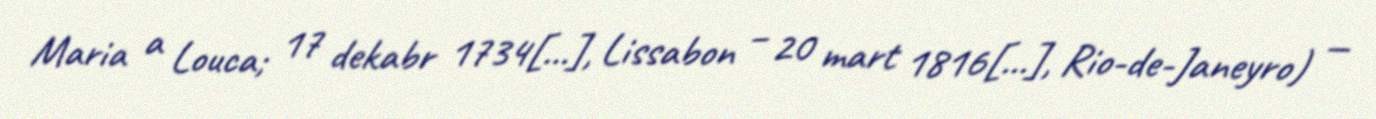
Maria a Louca; 17 dekabr 1734[…], Lissabon – 20 mart 1816[…], Rio-de-Janeyro) —